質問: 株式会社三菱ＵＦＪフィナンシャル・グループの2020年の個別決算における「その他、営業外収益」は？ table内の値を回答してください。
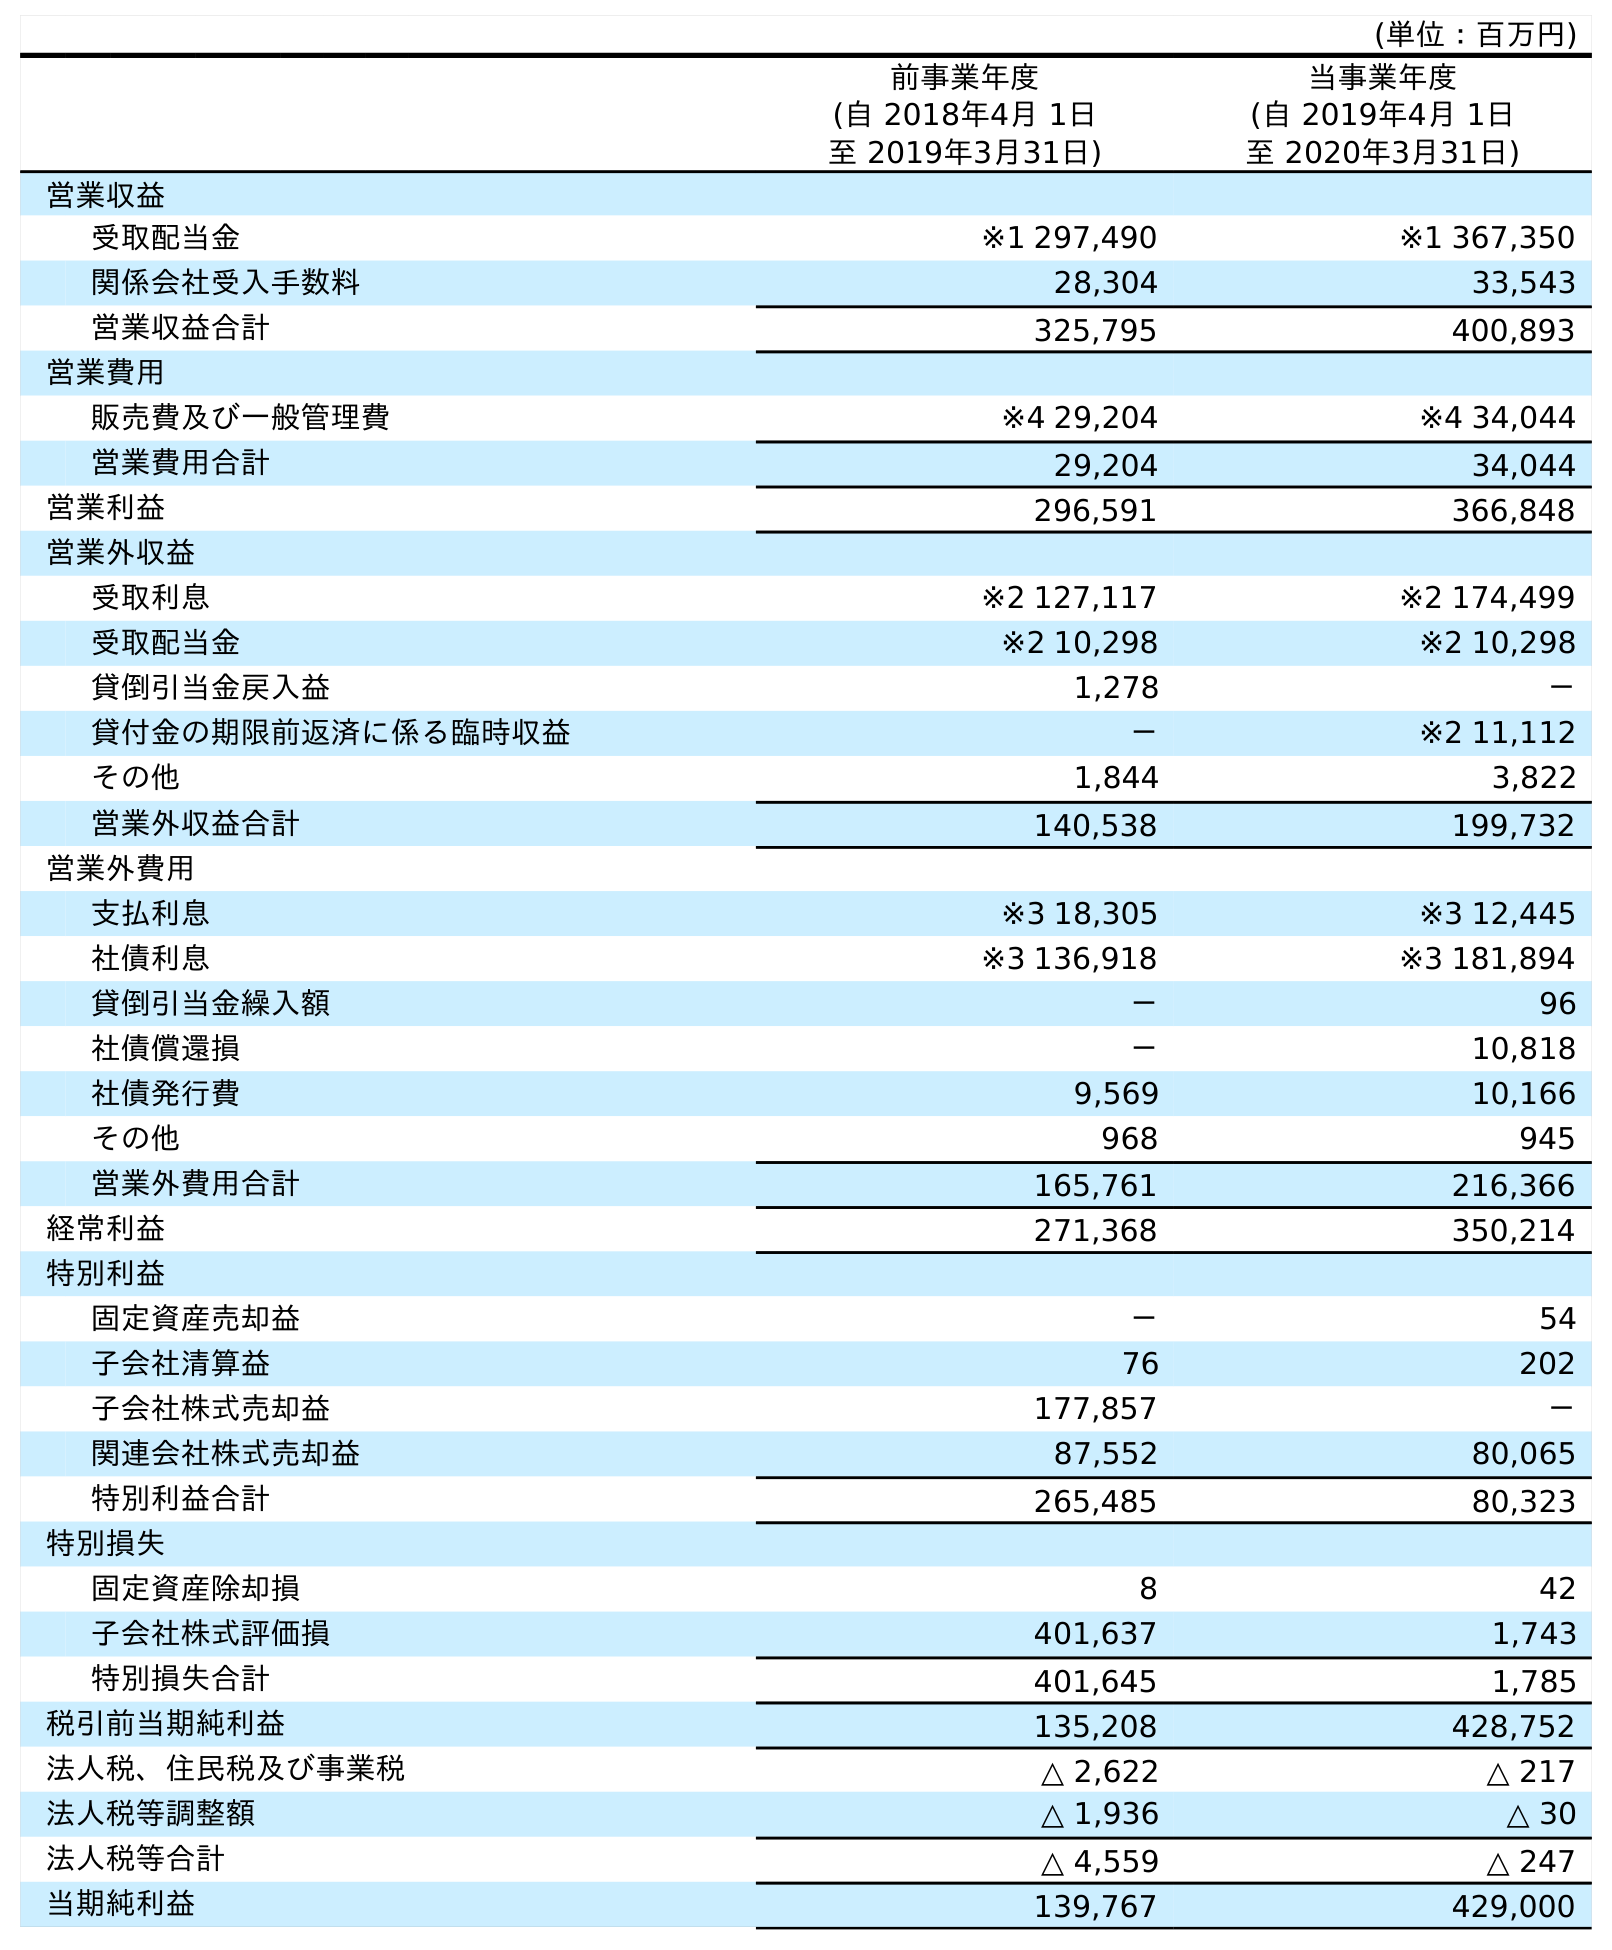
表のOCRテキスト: (単位：百万円) 前事業年度 (自 2018年4月 1日 至 2019年3月31日) 当事業年度 (自 2019年4月 1日 至 2020年3月31日) 営業収益 受取配当金 ※1 297,490 ※1 367,350 関係会社受入手数料 28,304 33,543 営業収益合計 325,795 400,893 営業費用 販売費及び一般管理費 ※4 29,204 ※4 34,044 営業費用合計 29,204 34,044 営業利益 296,591 366,848 営業外収益 受取利息 ※2 127,117 ※2 174,499 受取配当金 ※2 10,298 ※2 10,298 貸倒引当金戻入益 1,278 － 貸付金の期限前返済に係る臨時収益 － ※2 11,112 その他 1,844 3,822 営業外収益合計 140,538 199,732 営業外費用 支払利息 ※3 18,305 ※3 12,445 社債利息 ※3 136,918 ※3 181,894 貸倒引当金繰入額 － 96 社債償還損 － 10,818 社債発行費 9,569 10,166 その他 968 945 営業外費用合計 165,761 216,366 経常利益 271,368 350,214 特別利益 固定資産売却益 － 54 子会社清算益 76 202 子会社株式売却益 177,857 － 関連会社株式売却益 87,552 80,065 特別利益合計 265,485 80,323 特別損失 固定資産除却損 8 42 子会社株式評価損 401,637 1,743 特別損失合計 401,645 1,785 税引前当期純利益 135,208 428,752 法人税、住民税及び事業税 △ 2,622 △ 217 法人税等調整額 △ 1,936 △ 30 法人税等合計 △ 4,559 △ 247 当期純利益 139,767 429,000
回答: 3,822